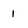
Character: 1